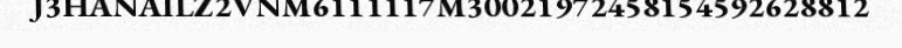
J3HANAILZ2VNM6111117M30021972458154592628812